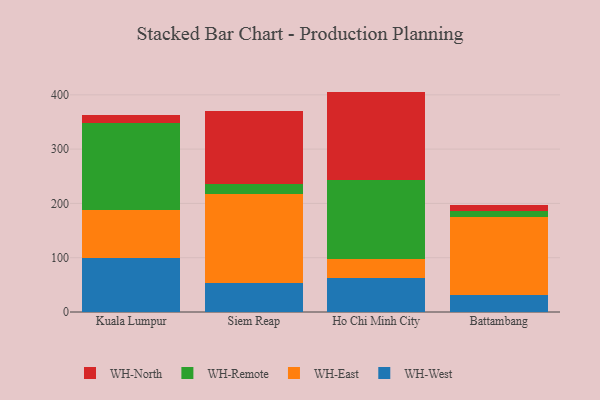
{"axis": {"x": "City", "y": "Population (Million)"}, "legend": ["WH-East", "WH-North", "WH-Remote", "WH-West"], "data": [{"x": "Kuala Lumpur", "y": 100.4, "type": "WH-West"}, {"x": "Kuala Lumpur", "y": 87.3, "type": "WH-East"}, {"x": "Kuala Lumpur", "y": 161.0, "type": "WH-Remote"}, {"x": "Kuala Lumpur", "y": 13.7, "type": "WH-North"}, {"x": "Siem Reap", "y": 52.9, "type": "WH-West"}, {"x": "Siem Reap", "y": 164.5, "type": "WH-East"}, {"x": "Siem Reap", "y": 19.3, "type": "WH-Remote"}, {"x": "Siem Reap", "y": 133.3, "type": "WH-North"}, {"x": "Ho Chi Minh City", "y": 62.1, "type": "WH-West"}, {"x": "Ho Chi Minh City", "y": 36.3, "type": "WH-East"}, {"x": "Ho Chi Minh City", "y": 144.7, "type": "WH-Remote"}, {"x": "Ho Chi Minh City", "y": 162.9, "type": "WH-North"}, {"x": "Battambang", "y": 31.8, "type": "WH-West"}, {"x": "Battambang", "y": 143.1, "type": "WH-East"}, {"x": "Battambang", "y": 11.5, "type": "WH-Remote"}, {"x": "Battambang", "y": 11.2, "type": "WH-North"}]}